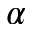
\alpha